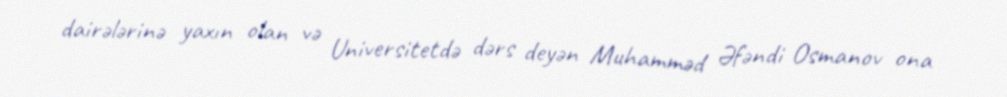
dairələrinə yaxın olan və Universitetdə dərs deyən Muhamməd Əfəndi Osmanov ona